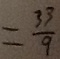
= \frac { 3 3 } { 9 }